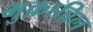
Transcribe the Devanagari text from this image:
मुक़ाबिल